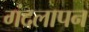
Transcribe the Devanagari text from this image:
गंदलापन